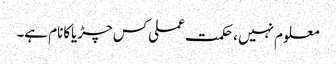
معلوم نہیں ،حکمت عملی کس چڑیاکانام ہے۔